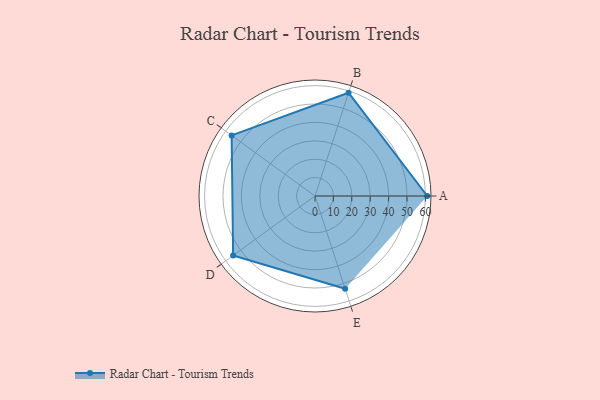
{"axis": {"x": "Skill", "y": "Score"}, "legend": ["Profile"], "data": [{"x": "A", "y": 61.0, "type": "Profile"}, {"x": "B", "y": 59.0, "type": "Profile"}, {"x": "C", "y": 56.0, "type": "Profile"}, {"x": "D", "y": 55.0, "type": "Profile"}, {"x": "E", "y": 53.0, "type": "Profile"}]}